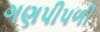
ગણપીપળી